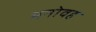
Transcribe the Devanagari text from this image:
मनोवह